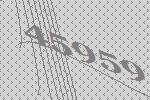
45959